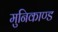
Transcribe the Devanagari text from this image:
मुनिकाण्ड